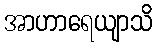
အာဟာရေယျာသိ